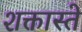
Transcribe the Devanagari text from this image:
शक्तास्ते